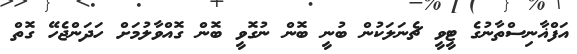
އަފްޣާނިސްތާނުގެ ޓީވީ ޗެނަލަކުން ބުނީ ބޮން ނުގޮވީ ބޮން ގޮއްވާލުމަށް ހަދަންޖެހޭ ގޮތް